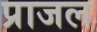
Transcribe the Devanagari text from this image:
प्राजल